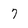
Character: 7